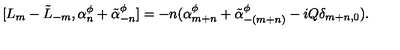
[ L _ { m } - \tilde { L } _ { - m } , \alpha _ { n } ^ { \phi } + \tilde { \alpha } _ { - n } ^ { \phi } ] = - n ( \alpha _ { m + n } ^ { \phi } + \tilde { \alpha } _ { - ( m + n ) } ^ { \phi } - i Q \delta _ { m + n , 0 } ) .